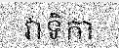
វាទិកា